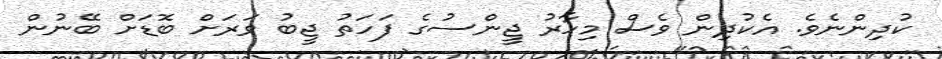
ކުދިންނެވެ. އެކުދިން ވެސް މިހާރު ޖީންސުގެ ފަހަތު ޖީބު ވަރަށް ބޮޑަށް ބޭނުން